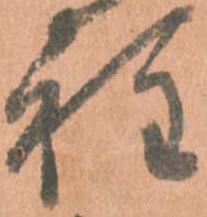
程